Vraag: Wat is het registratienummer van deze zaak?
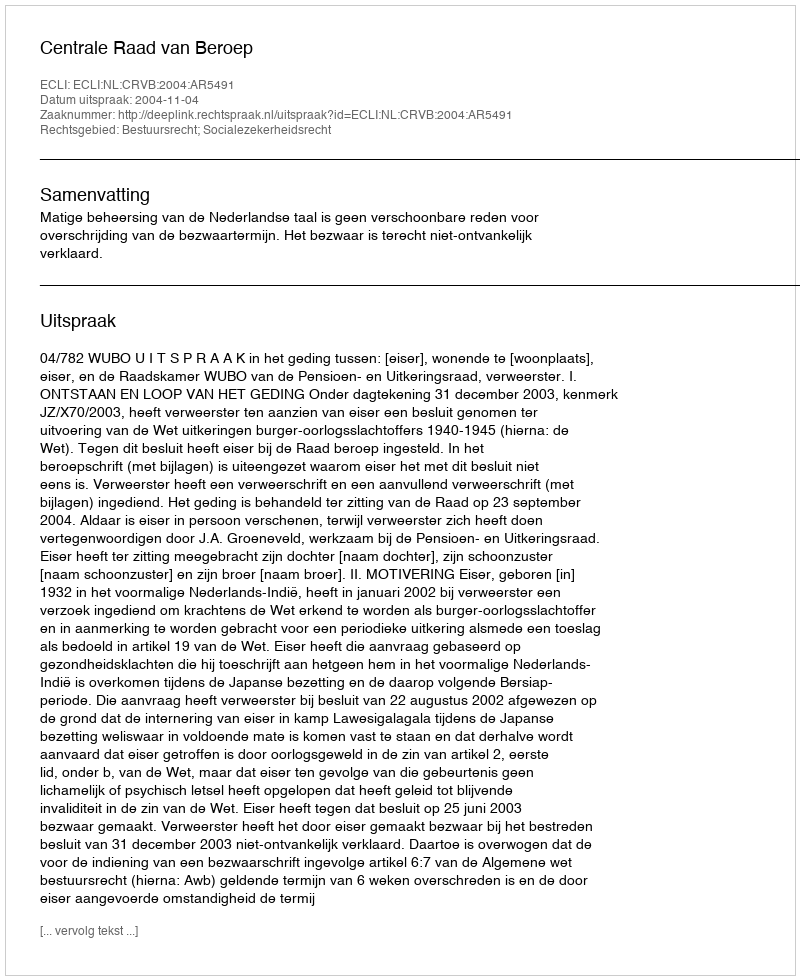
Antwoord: http://deeplink.rechtspraak.nl/uitspraak?id=ECLI:NL:CRVB:2004:AR5491